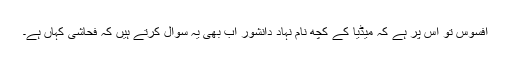
افسوس تو اس پر ہے کہ میڈیا کے کچھ نام نہاد دانشور اب بھی یہ سوال کرتے ہیں کہ فحاشی کہاں ہے۔